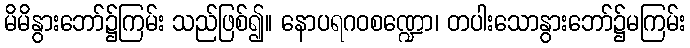
မိမိနွားဘော်၌ကြမ်း သည်ဖြစ်၍။ နောပရဂဝစဏ္ဍော၊ တပါးသောနွားဘော်၌မကြမ်း